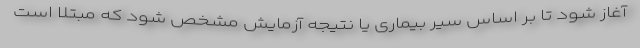
آغاز شود تا بر اساس سیر بیماری یا نتیجه آزمایش مشخص شود که مبتلا است